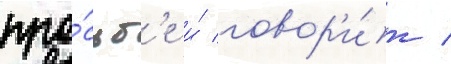
про́сьб'е и́ говор'и́т /